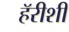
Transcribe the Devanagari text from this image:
हॅरीशी